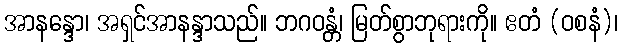
အာနန္ဒော၊ အရှင်အာနန္ဒာသည်။ ဘဂဝန္တံ၊ မြတ်စွာဘုရားကို။ ဧတံ (ဝစနံ)၊